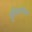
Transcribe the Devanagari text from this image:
गुलिफॉयल